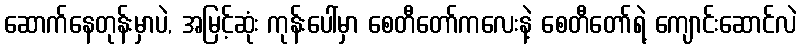
ဆောက်နေတုန်းမှာပဲ, အမြင့်ဆုံး ကုန်းပေါ်မှာ စေတီတော်ကလေးနဲ့ စေတီတော်ရဲ့ ကျောင်းဆောင်လဲ